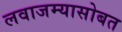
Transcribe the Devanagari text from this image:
लवाजम्यासोबत